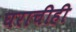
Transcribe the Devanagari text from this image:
घराचीही